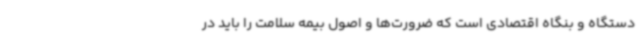
دستگاه و بنگاه اقتصادی است که ضرورت‌ها و اصول بیمه سلامت را باید در